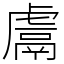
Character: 鬳